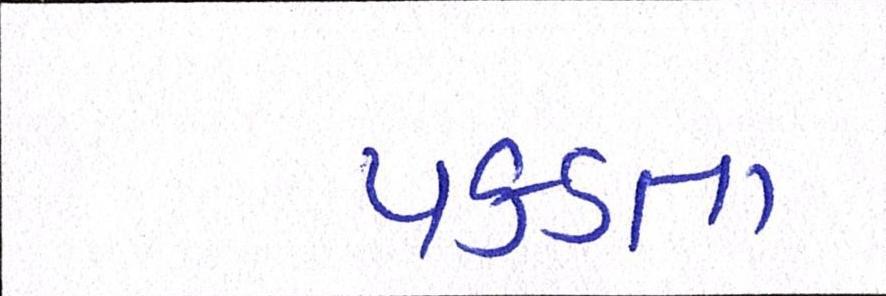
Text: પકડતા